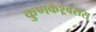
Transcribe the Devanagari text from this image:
कुणकेश्र्वरास